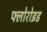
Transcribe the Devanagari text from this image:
फ्लोरोइड